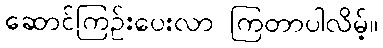
ဆောင်ကြဉ်းပေးလာ ကြတာပါလိမ့်။